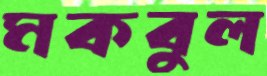
মকবুল